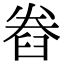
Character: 𮍨